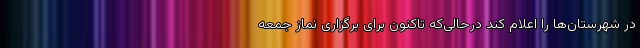
در شهرستان‌ها را اعلام کند درحالی‌که تاکنون برای برگزاری نماز جمعه